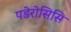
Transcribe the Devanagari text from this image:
पडेरोसिसि